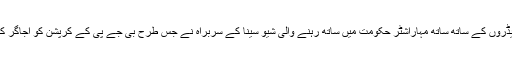
بی جے پی کے کئی بڑے لیڈروں کے ساتھ ساتھ مہاراشٹر حکومت میں ساتھ رہنے والی شیو سینا کے سربراہ نے جس طرح بی جے پی کے کرپشن کو اجاگر کیا ہے، کیا یہ بھی غلط ہے؟